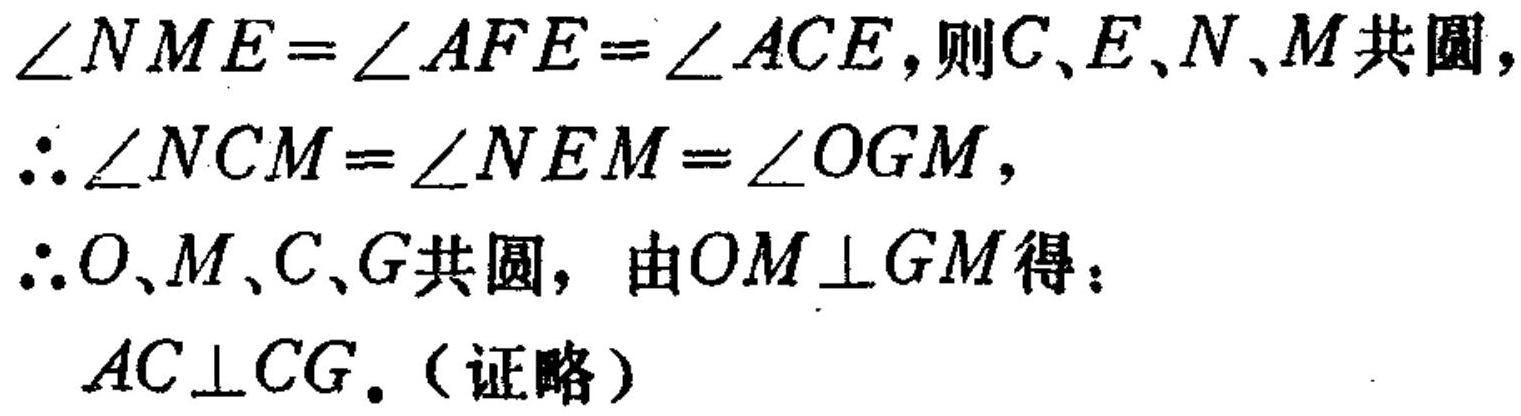
$\angle NME=\angle AFE=\angle ACE$, 则$C、E、N、M$共圆,
$\therefore \angle NCM=\angle NEM=\angle OGM$,
$\therefore O、M、C、G$共圆, 由$OM\perp GM$得：
$AC\perp CG$. (证略)